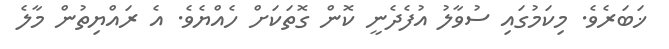
ޚަބަރެވެ. މިކަމުގައި ސުވާލު އުފެދެނީ ކޮން ގޮތަކަށް ހެެއްޔެވެ. އެ ރައްޔިތުން މާލެ